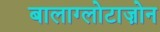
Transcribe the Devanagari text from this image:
बालाग्लोटाज़ोन